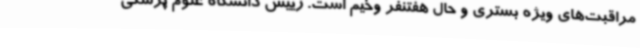
مراقبت‌های ویژه بستری و حال هفتنفر وخیم است. رییس دانشگاه علوم پزشکی